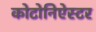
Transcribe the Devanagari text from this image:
कोटोनिऐस्टर